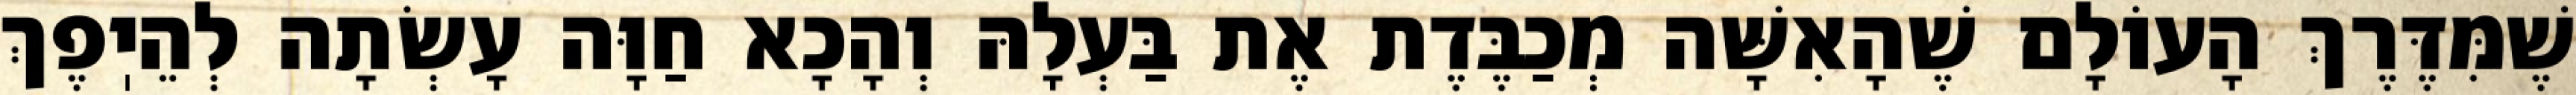
שֶׁמִּדֶּרֶךְ הָעוֹלָם שֶׁהָאִשָּׁה מְכַבֶּדֶת אֶת בַּעְלָהּ וְהָכָא חַוָּה עָשְׂתָה לְהֵיֽפֶךְ